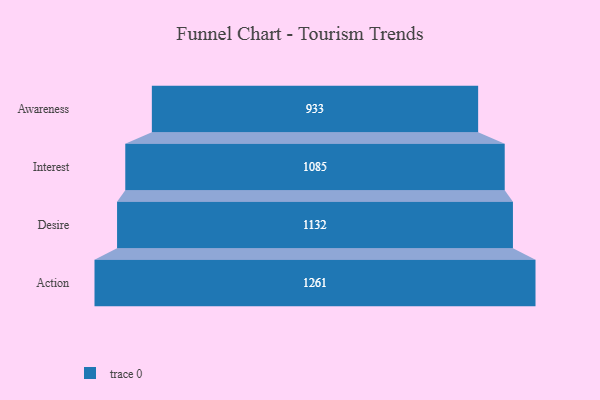
{"axis": {"x": "Stage", "y": "Value"}, "legend": [""], "data": [{"x": "Awareness", "y": 933.0, "type": ""}, {"x": "Interest", "y": 1085.0, "type": ""}, {"x": "Desire", "y": 1132.0, "type": ""}, {"x": "Action", "y": 1261.0, "type": ""}]}